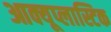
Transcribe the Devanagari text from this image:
आक्यूप्लास्टिक